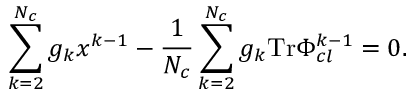
\sum _ { k = 2 } ^ { N _ { c } } g _ { k } x ^ { k - 1 } - \frac { 1 } { N _ { c } } \sum _ { k = 2 } ^ { N _ { c } } g _ { k } \mathrm { T r } \Phi _ { c l } ^ { k - 1 } = 0 .